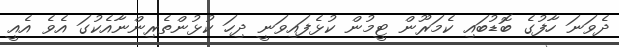
ދެވަނަ ހާފުގެ ބޮޑުބައި ކެމަރޫން ޓީމުން ކުޅެފައިވަނީ ދިހަ ކުޅުންތެރިންނާއެކުގަ އެވެ އެއީ